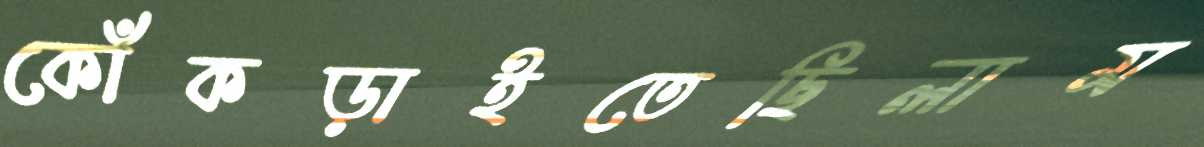
কোঁকড়াইতেছিলাম